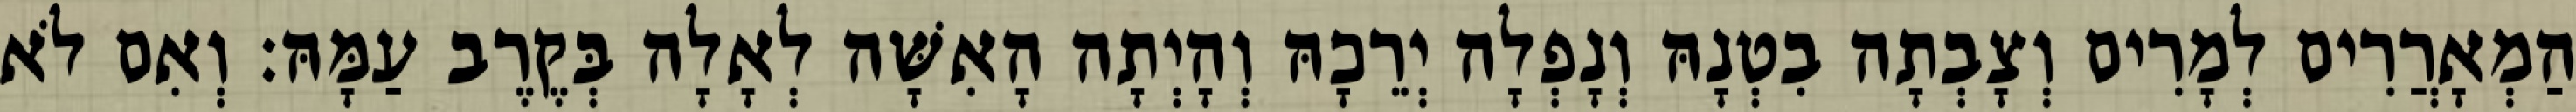
הַמְאָרֲרִים לְמָרִים וְצָבְתָה בִטְנָהּ וְנָפְלָה יְרֵכָהּ וְהָיְתָה הָאִשָּׁה לְאָלָה בְּקֶרֶב עַמָּהּ׃ וְאִם לֹא